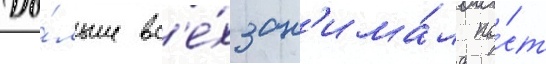
До́льше вс'е́х зан'има́л по́ст